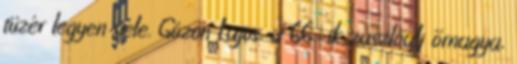
tüzér legyen vele. Gózon Lajos, a 66-ik zászlóalj őrnagya,